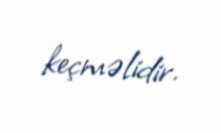
keçməlidir.